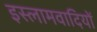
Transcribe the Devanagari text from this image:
इस्लामवादियों